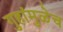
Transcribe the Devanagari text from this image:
गुहांमुळेच